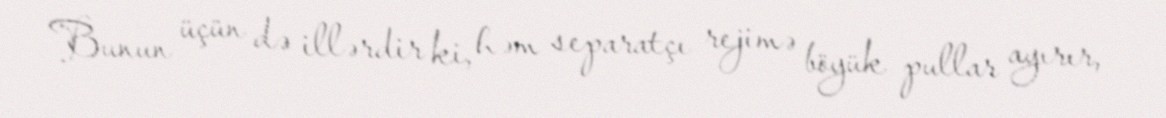
Bunun üçün də illərdir ki, həm separatçı rejimə böyük pullar ayırır,